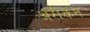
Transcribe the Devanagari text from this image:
अरौकन